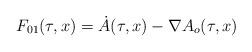
LaTeX: \begin{align*}F_{01}(\tau,x)=\dot A(\tau,x)-\nabla A_o(\tau,x)\end{align*}